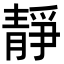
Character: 靜